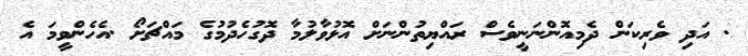
. އަދި ވެރިކަން ދެމިއޮންނަނީވެސް ރައްޔިތުންނަށް އޮޅުވާލުމާ ދޮގުހެދުމުގެ މައްޗަށޯ .އެހެންވީމަ އެ